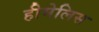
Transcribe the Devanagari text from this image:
हीमेलिस